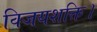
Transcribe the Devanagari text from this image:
विजयशक्ति।